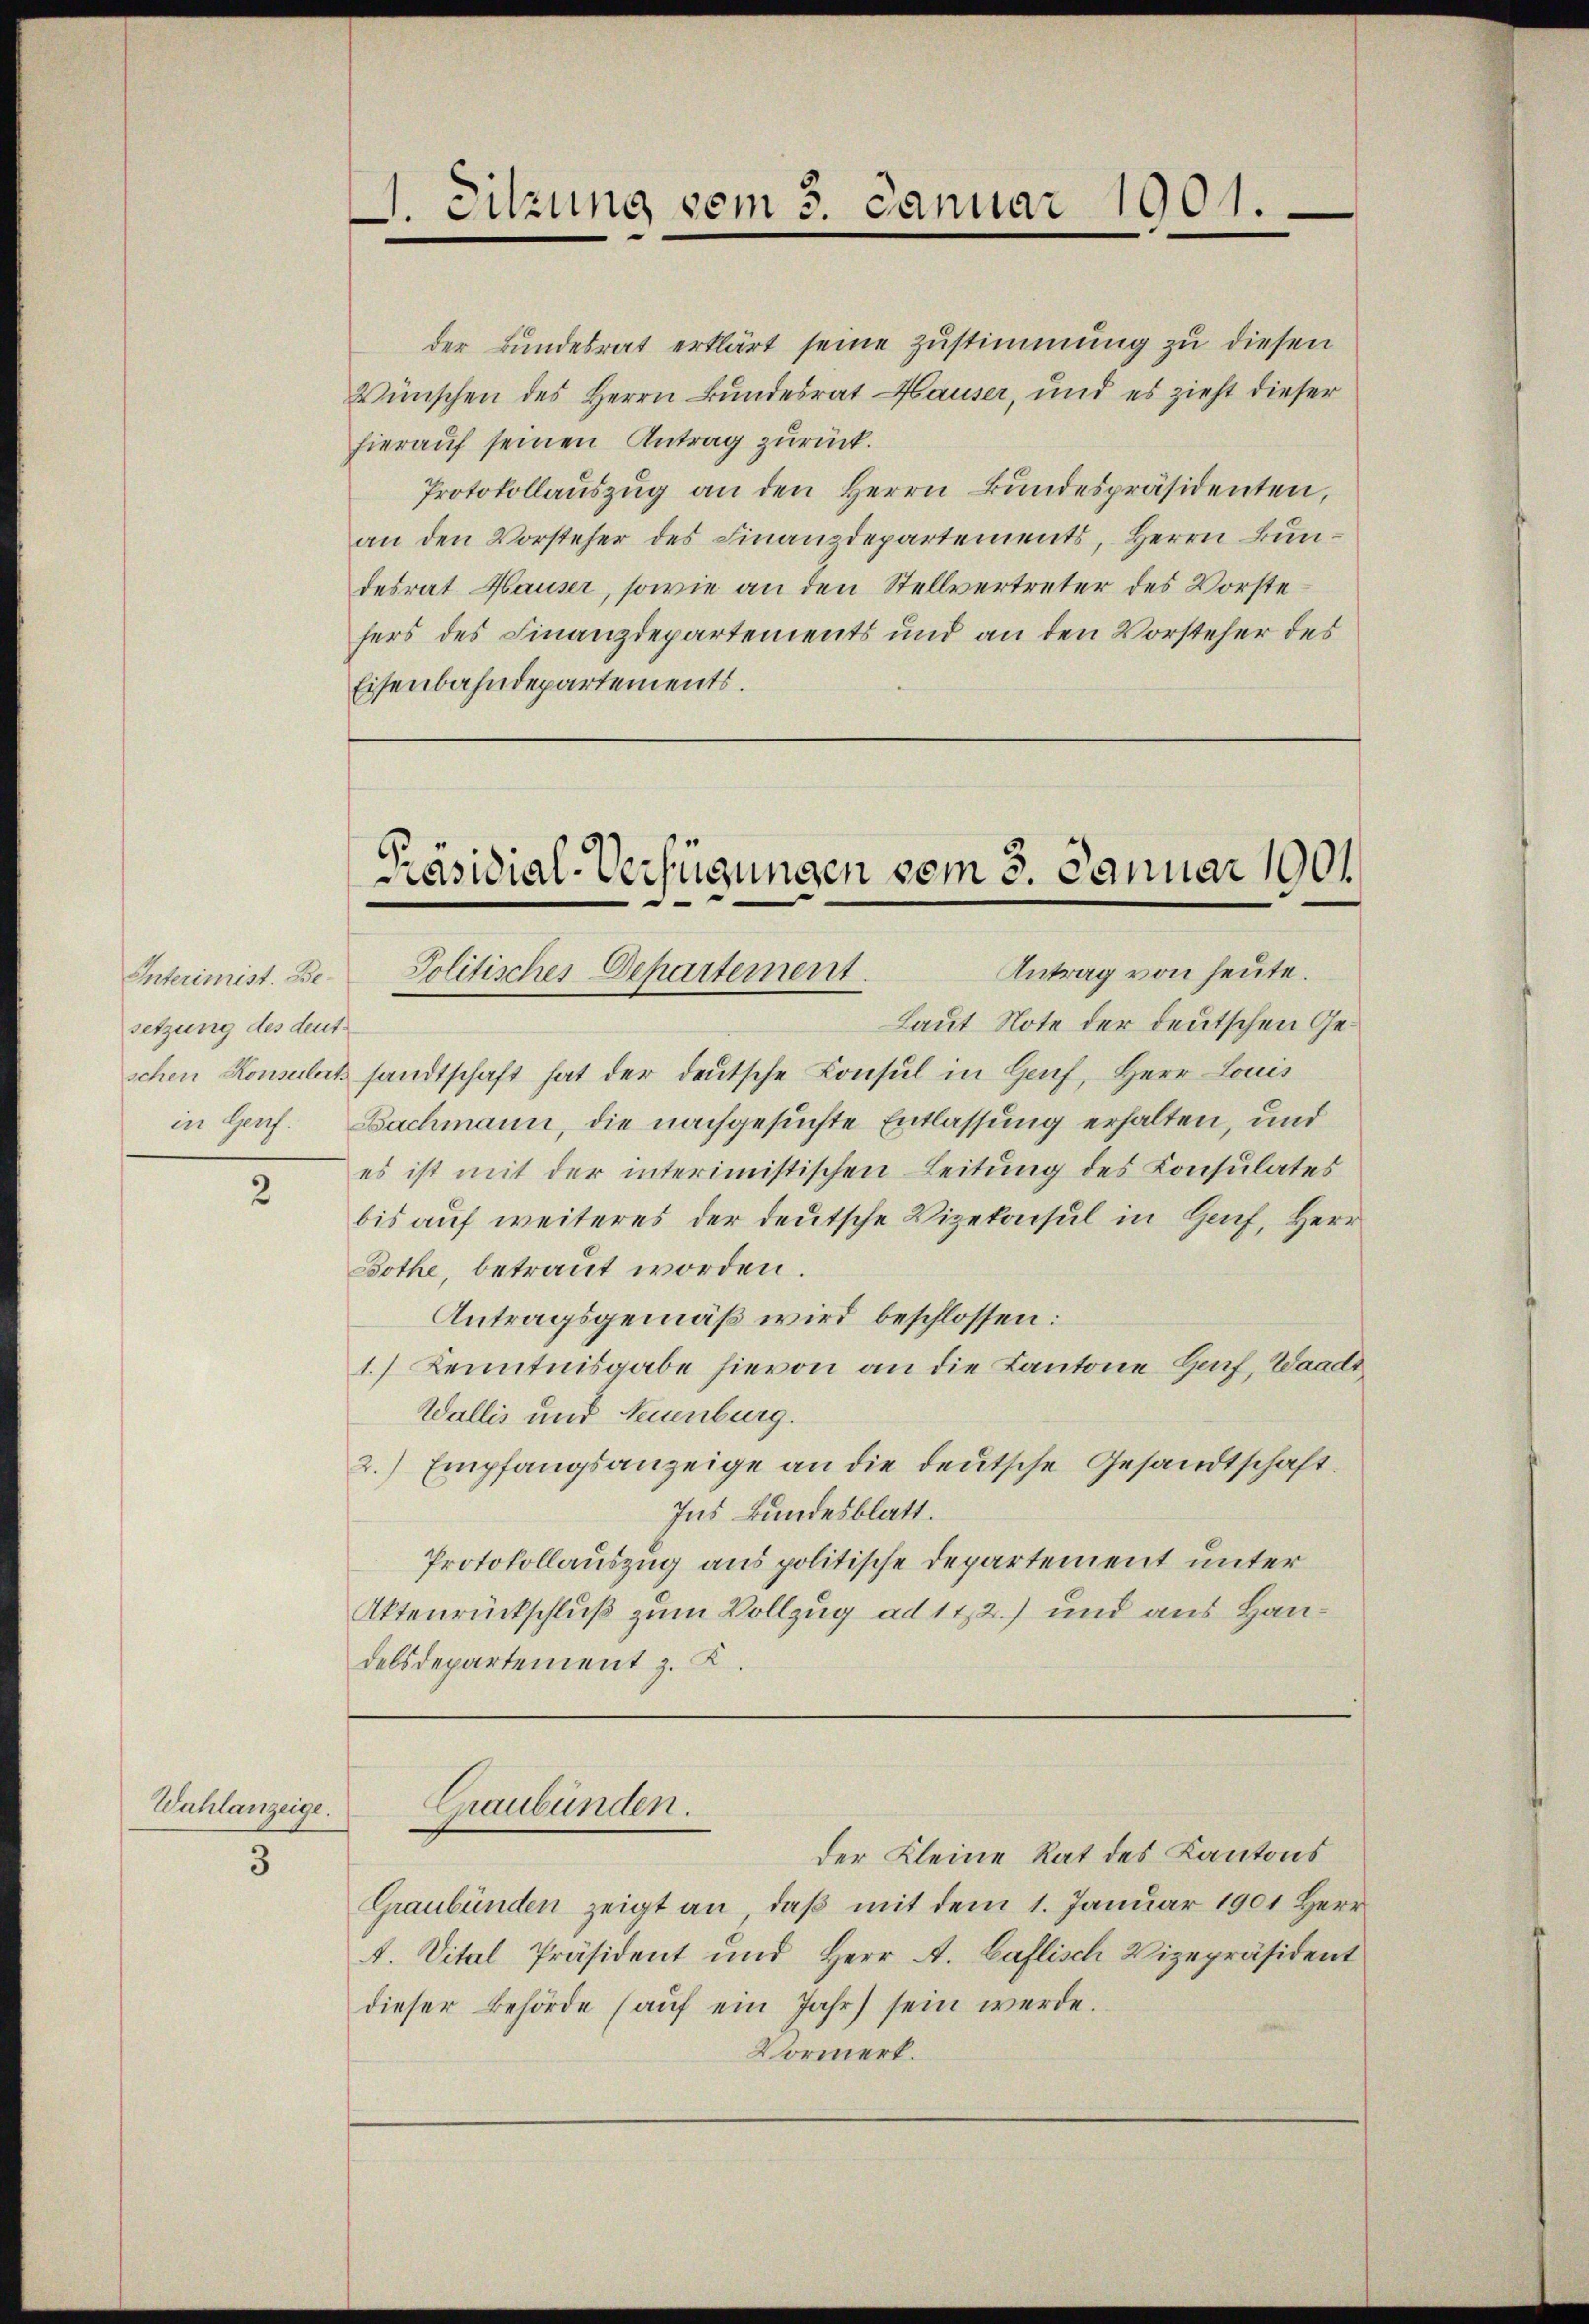
Interimist. Be-
setzung des deutin Genf.

2

Wahlanzeige.

3

der Bundesrat erklärt seine Zustimmung zu diesen
Wünschen des Herrn Bundesrat Hauser, und es zieht dieser
hierauf seinen Antrag zurück.
Protokollaŭszŭg an den Herrn Bundespräsidenten,
an den Vorsteher des Finanzdepartements, Herrn Bundesrat Hauser, sowie an den Stellvertreter des Vorstefers des Finanzdepartements und an den Vorsteher des
Eisenbahndepartements.

. Sitzung vom 3. Januar 1901.

Präsidial-Verfügungen vom 3. Januar 1901
Antrag von heute.
Politisches Dehartement
—

Graubünden.
der Kleine Rat des Kantons

Laut Note der deutschen Geschen Konsulat sandtschaft hat der deŭtsche Konsul in Hanf, Herr Louis
Bachmann, die nachgesuchte Entlassung erhalten, und
es ist mit der interimistischen Leitung des Consulates
bis auf weiteres der deutsche Vizekonsul in Hof, Herr
Bothe, betraut worden.
Antragsgemäß wird beschlossen:
1.) Kenntnisgabe hievon an die Kantone Genf, Waadt
Wallis und Neuenburg.
2.) Empfangsanzeige an die deutsche Gesandtschaft.
Ins Bundesblatt.
Protokollauszug aus politische Departement unter
Aktenrückschluß zum Vollzug ad 112.) und aus Handelsdepartement z. K.

Graubünden zeigt an, daß mit dem 1. Januar 1901 Herr
. Vital Präsident und Herr A. Caflisch Vizepräsident
dieser Behörde (auf ein Jahr sein werde.
Vormerk.